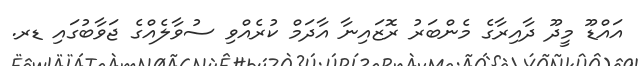
އައްޑޫ މީދޫ ދާއިރާގެ މެންބަރު ރޮޒައިނާ އާދަމް ކުރެއްވި ސުވާލެއްގެ ޖަވާބުގައި ޑރ.